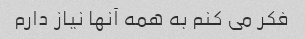
فکر می کنم به همه آنها نیاز دارم